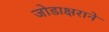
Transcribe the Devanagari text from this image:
जोडाक्षराने